Indian journal of veterinary science and animal husbandry - Volume 4,
Year: 1934
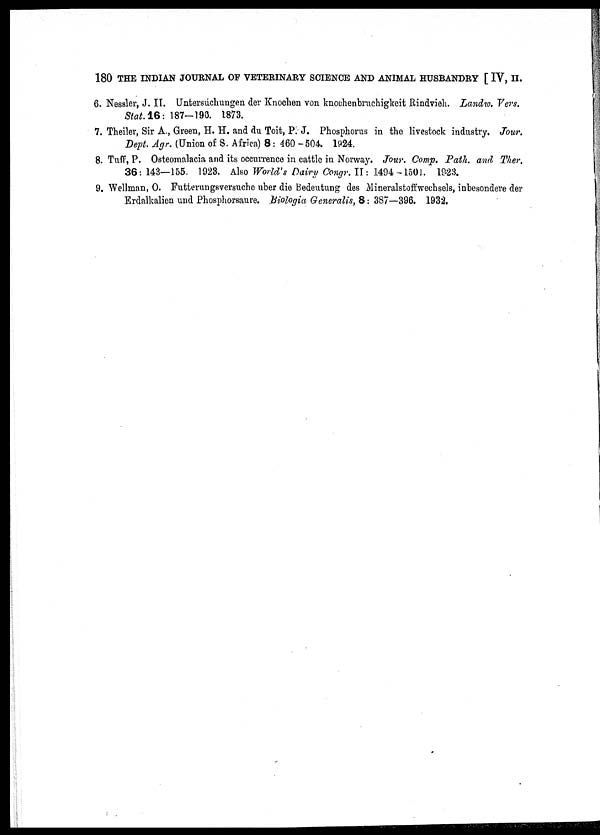
180 THE INDIAN JOURNAL OF VETERINARY SCIENCE AND ANIMAL HUSBANDRY [ IV, II.
6. Nessler, J. II. Untersuchungen der Knochen von knochenbruchigkeit Rindvieh. Landw. Vers.
Stat. 16: 187-196. 1873.
7. Theiler, Sir A., Green, H. H. and du Toit, P. J. Phosphorus in the livestock industry. Jour.
Dept. Agr. (Union of S. Africa) 8: 460 -504. 1924.
8. Tuff, P. Osteomalacia and its occurrence in cattle in Norway. Jour. Comp. Path, and Ther.
36 :143—155. 1923. Also World's Dairy Congr. II: 1494 - 1501. 1923.
9. Wellman, O. Futterungsversuche uber die Bedeutung des Mineralstoffwechsels, inbesondere der
Erdalkalien und Phosphorsaure. Biologia Generalis, 8 : 387—396. 1932.